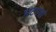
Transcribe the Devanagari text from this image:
भटगवां